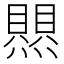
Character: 𤑄